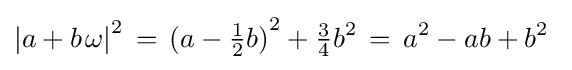
{\left|a+b\;\!\omega \right|}^{2}\,=\,{(a-{\tfrac {1}{2}}b)}^{2}+{\tfrac {3}{4}}b^{2}\,=\,a^{2}-ab+b^{2}~